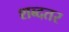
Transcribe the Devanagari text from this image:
शब्दतर